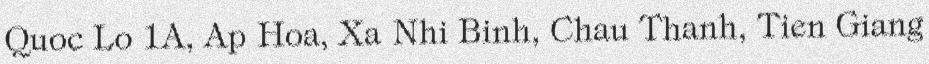
Quoc Lo 1A, Ap Hoa, Xa Nhi Binh, Chau Thanh, Tien Giang